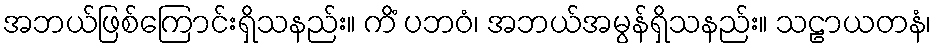
အဘယ်ဖြစ်ကြောင်းရှိသနည်း။ ကိံ ပဘဝံ၊ အဘယ်အမွန်ရှိသနည်း။ သဠာယတနံ၊